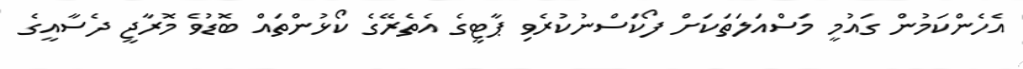
އެހެންކަމުން ގައުމީ މަސްއަލަތަކަށް ފޯކަސްނުކުރެވި ޕާޓީގެ އެތެރޭގެ ކޯޅުންތައް ބޮޑުވެ މޮރާޖީ ދެސާއީގެ